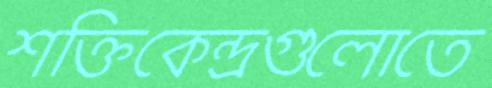
শক্তিকেন্দ্রগুলোতে